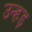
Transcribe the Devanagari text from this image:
उन्हड़